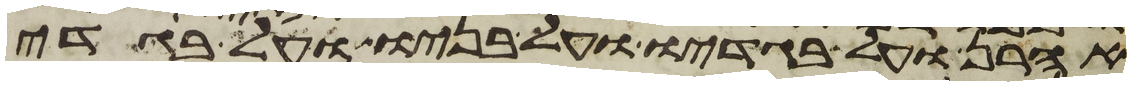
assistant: אהרן ועל בגדיו ועל בניו ועל בגדי